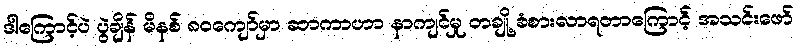
ဒါကြောင့်ပဲ ပွဲချိန် မိနစ် ၈၀ကျော်မှာ ဆာကာဟာ နာကျင်မှု တချို့ ခံစားလာရတာကြောင့် အသင်းဖော်